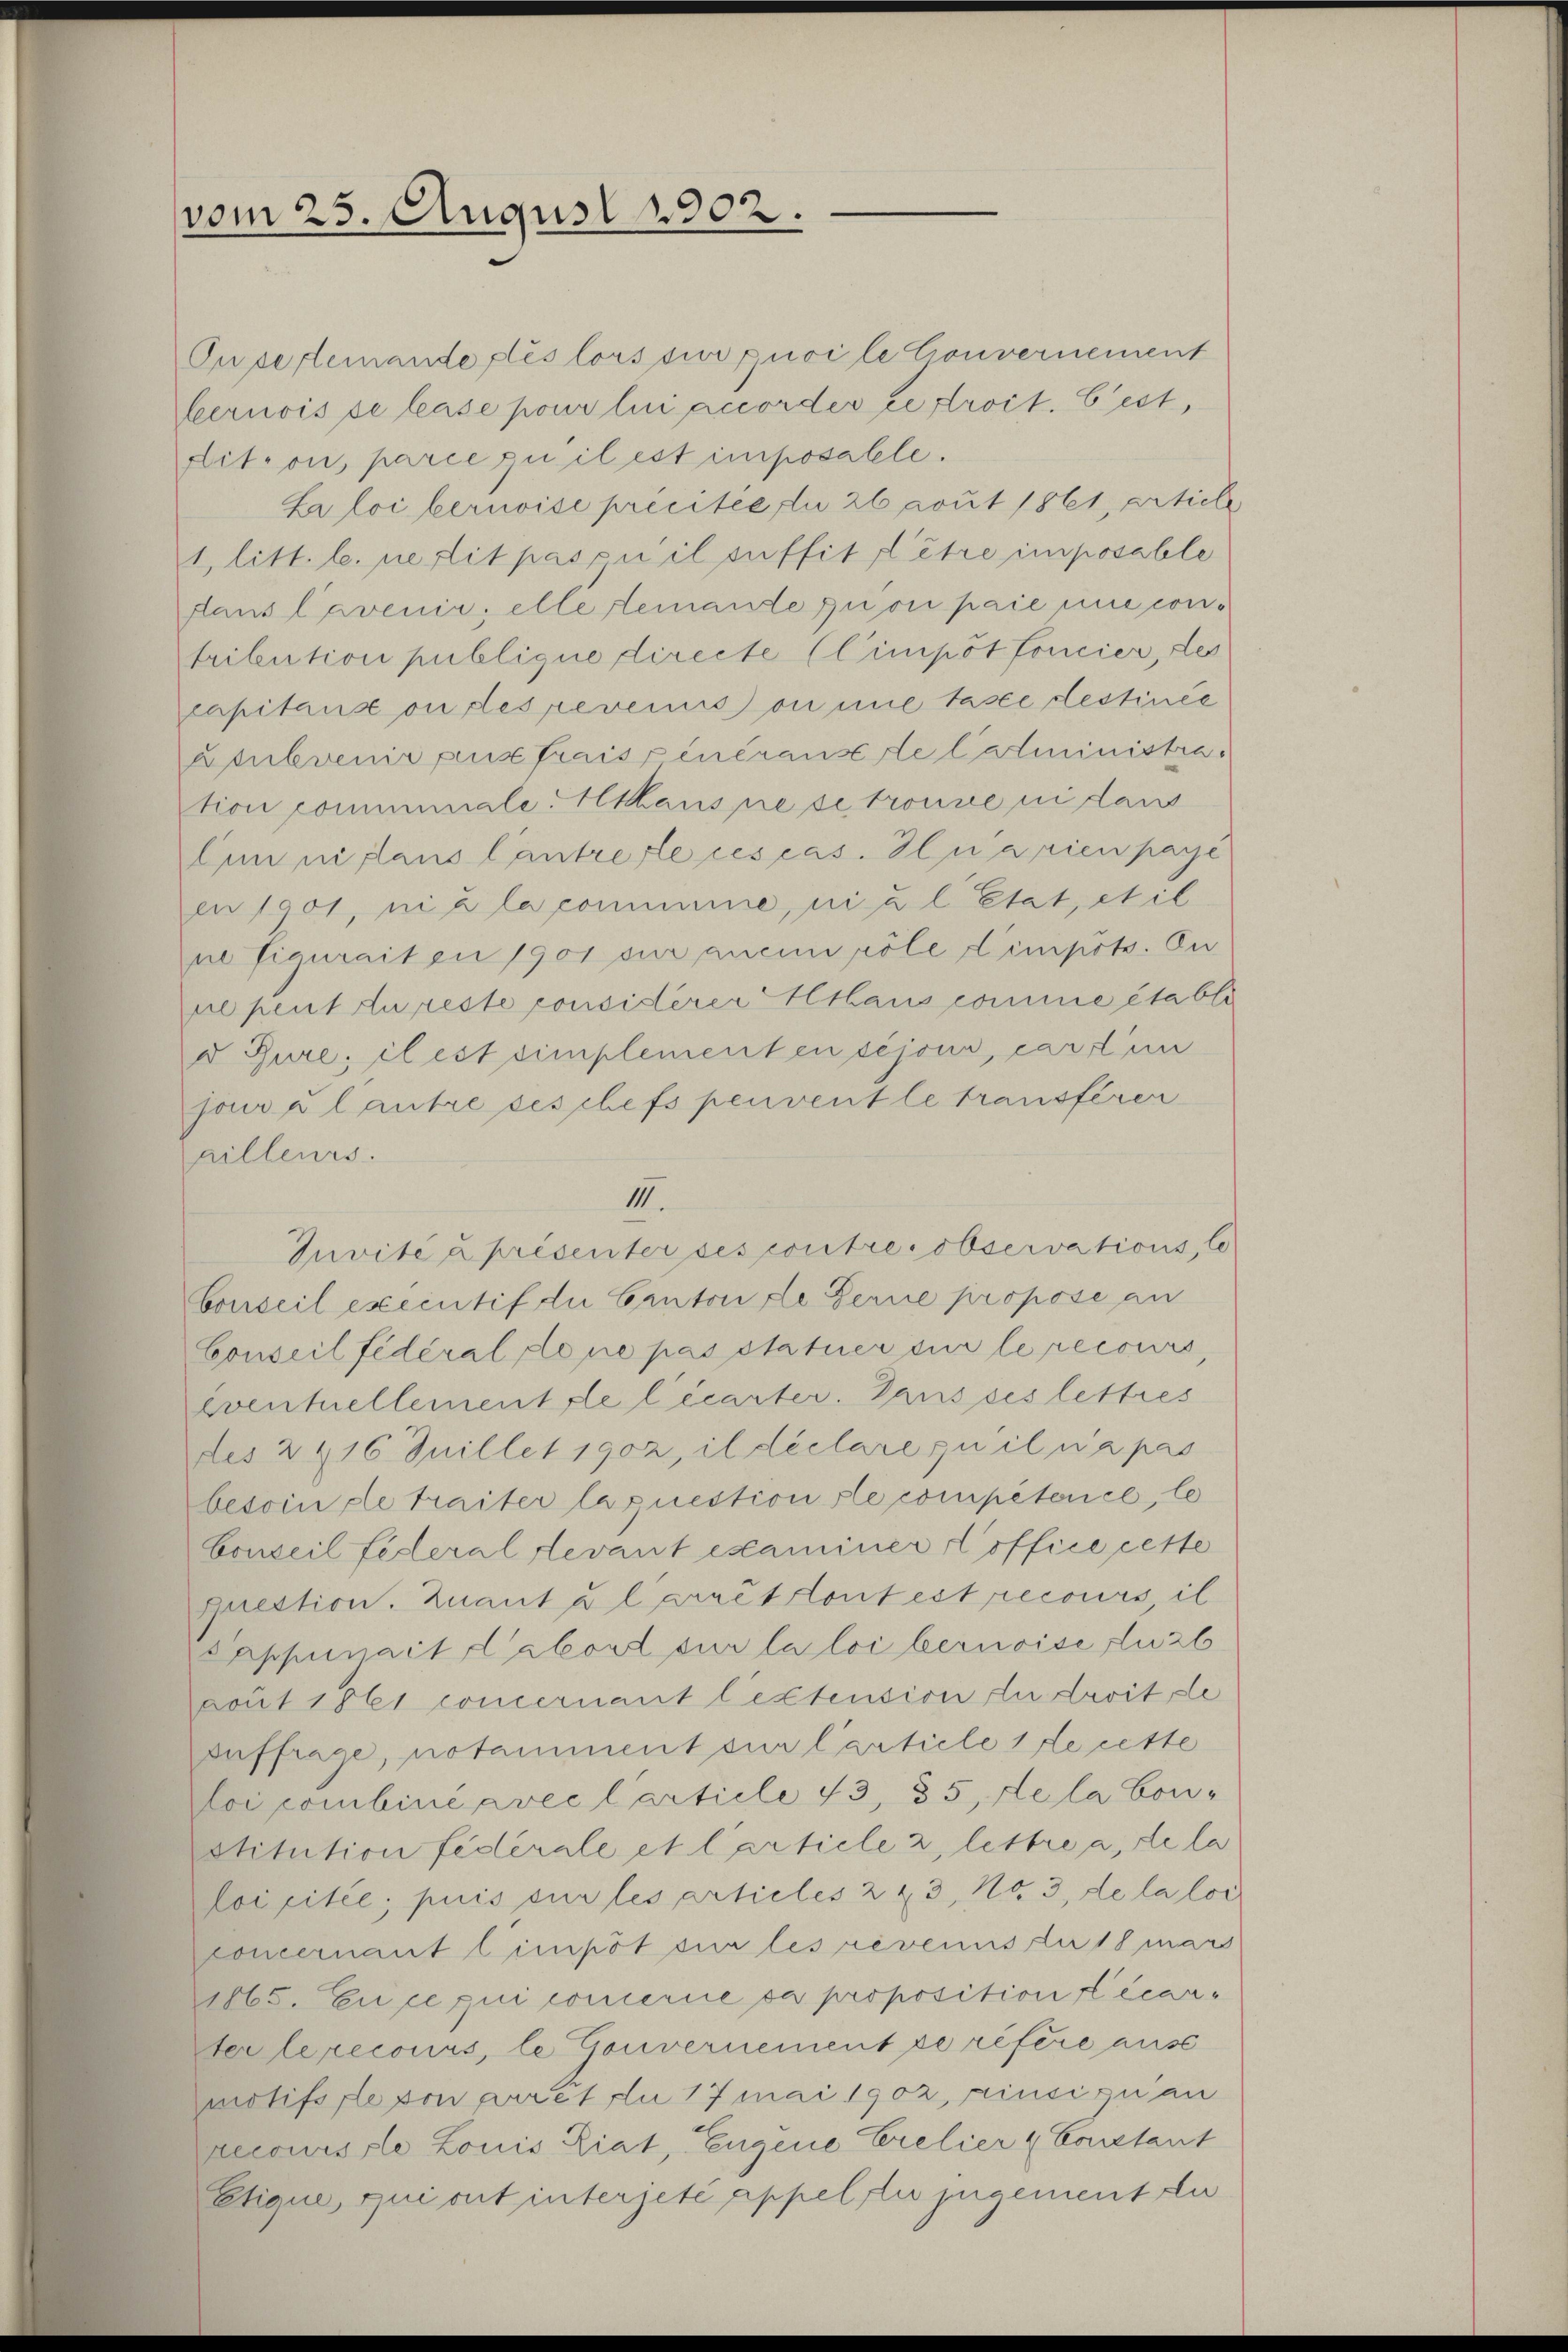
vom 25. August 1902.

Ouvertemende fles lors sur quoi le Couvernement
feernois se leise pour lui accorder je droit. Gest,
dition, parie qu’il est imposalle.
La loi bernoise précitée du 26 gout 1861, artiele
1. litt. l. ne lit pas pu il suffit l’être imposable
dans l’avenir; elle temande quon paie nie contribution publique directe (Cimpôt forcier, des
capitans ou des revenus on nie fasse destinée
aubvenir aus fraisseneransede Catministra
tion communale. Altaus prese tronne ni dans
Ain ni dans lantre de ces cas. Iliarien passe
en 1901, ni à la comme, ni u l Etat, et il
ne figurait en 1901 sur anein röle d’impots. Du
ne peut du reste consisterer Althaus comme établi
e Gure; il est simplementen séjour, cart in
jour a lautre ses chefs peuvent le transfèren
ailleurs.
III.
Juvité à présenter ses contre observations, lo
bonseil executif du Canton de Gerne propose an
Conseil fédéral do ne pas statuer sur le recours,
eventuellement de l’écarter. Dans ses lettres
des 2 16 Juillet 1902, il declare zu il n a pas
besoin de traiter laquestionsle compétence, le
Conseil feleral Levant examiner office cette
prestion. Zuant u l arrettontest recours il
ppurrait abord sur la loi bernoise Luzb
gout 1861 concernant leztension zu droit de
auffrage, notamiment sur l’article 1 de cette
loi combinéavec Carticle 13, 35, de la Con-
stitution fédérale et l’article 2, lettre a, de la
loi citée, puis ein les articles 243, No. 3, de la loi
concernant limpôt sur les revenus du 18 mars
1865. En ce qui concerne da proposition écarter le recours, le Gouvernement ze refere aus
motifs fle von arrêt du 17 Mai 1902, rinci zu an
recoursste Louis Eiat, Eugene Crelier & Constant
Etique, qui ont interzete Appelte zugement die